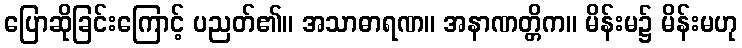
ပြောဆိုခြင်းကြောင့် ပညတ်၏။ အသာဓာရဏ။ အနာဏတ္တိက။ မိန်းမ၌ မိန်းမဟု